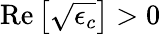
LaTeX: \mathrm{Re}\left[\sqrt{\epsilon_{c}}\right]>0